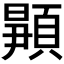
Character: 𬱉